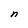
Character: n